NAE_EAOK_eestikeelsed_sunnimeetrikad, lk 146
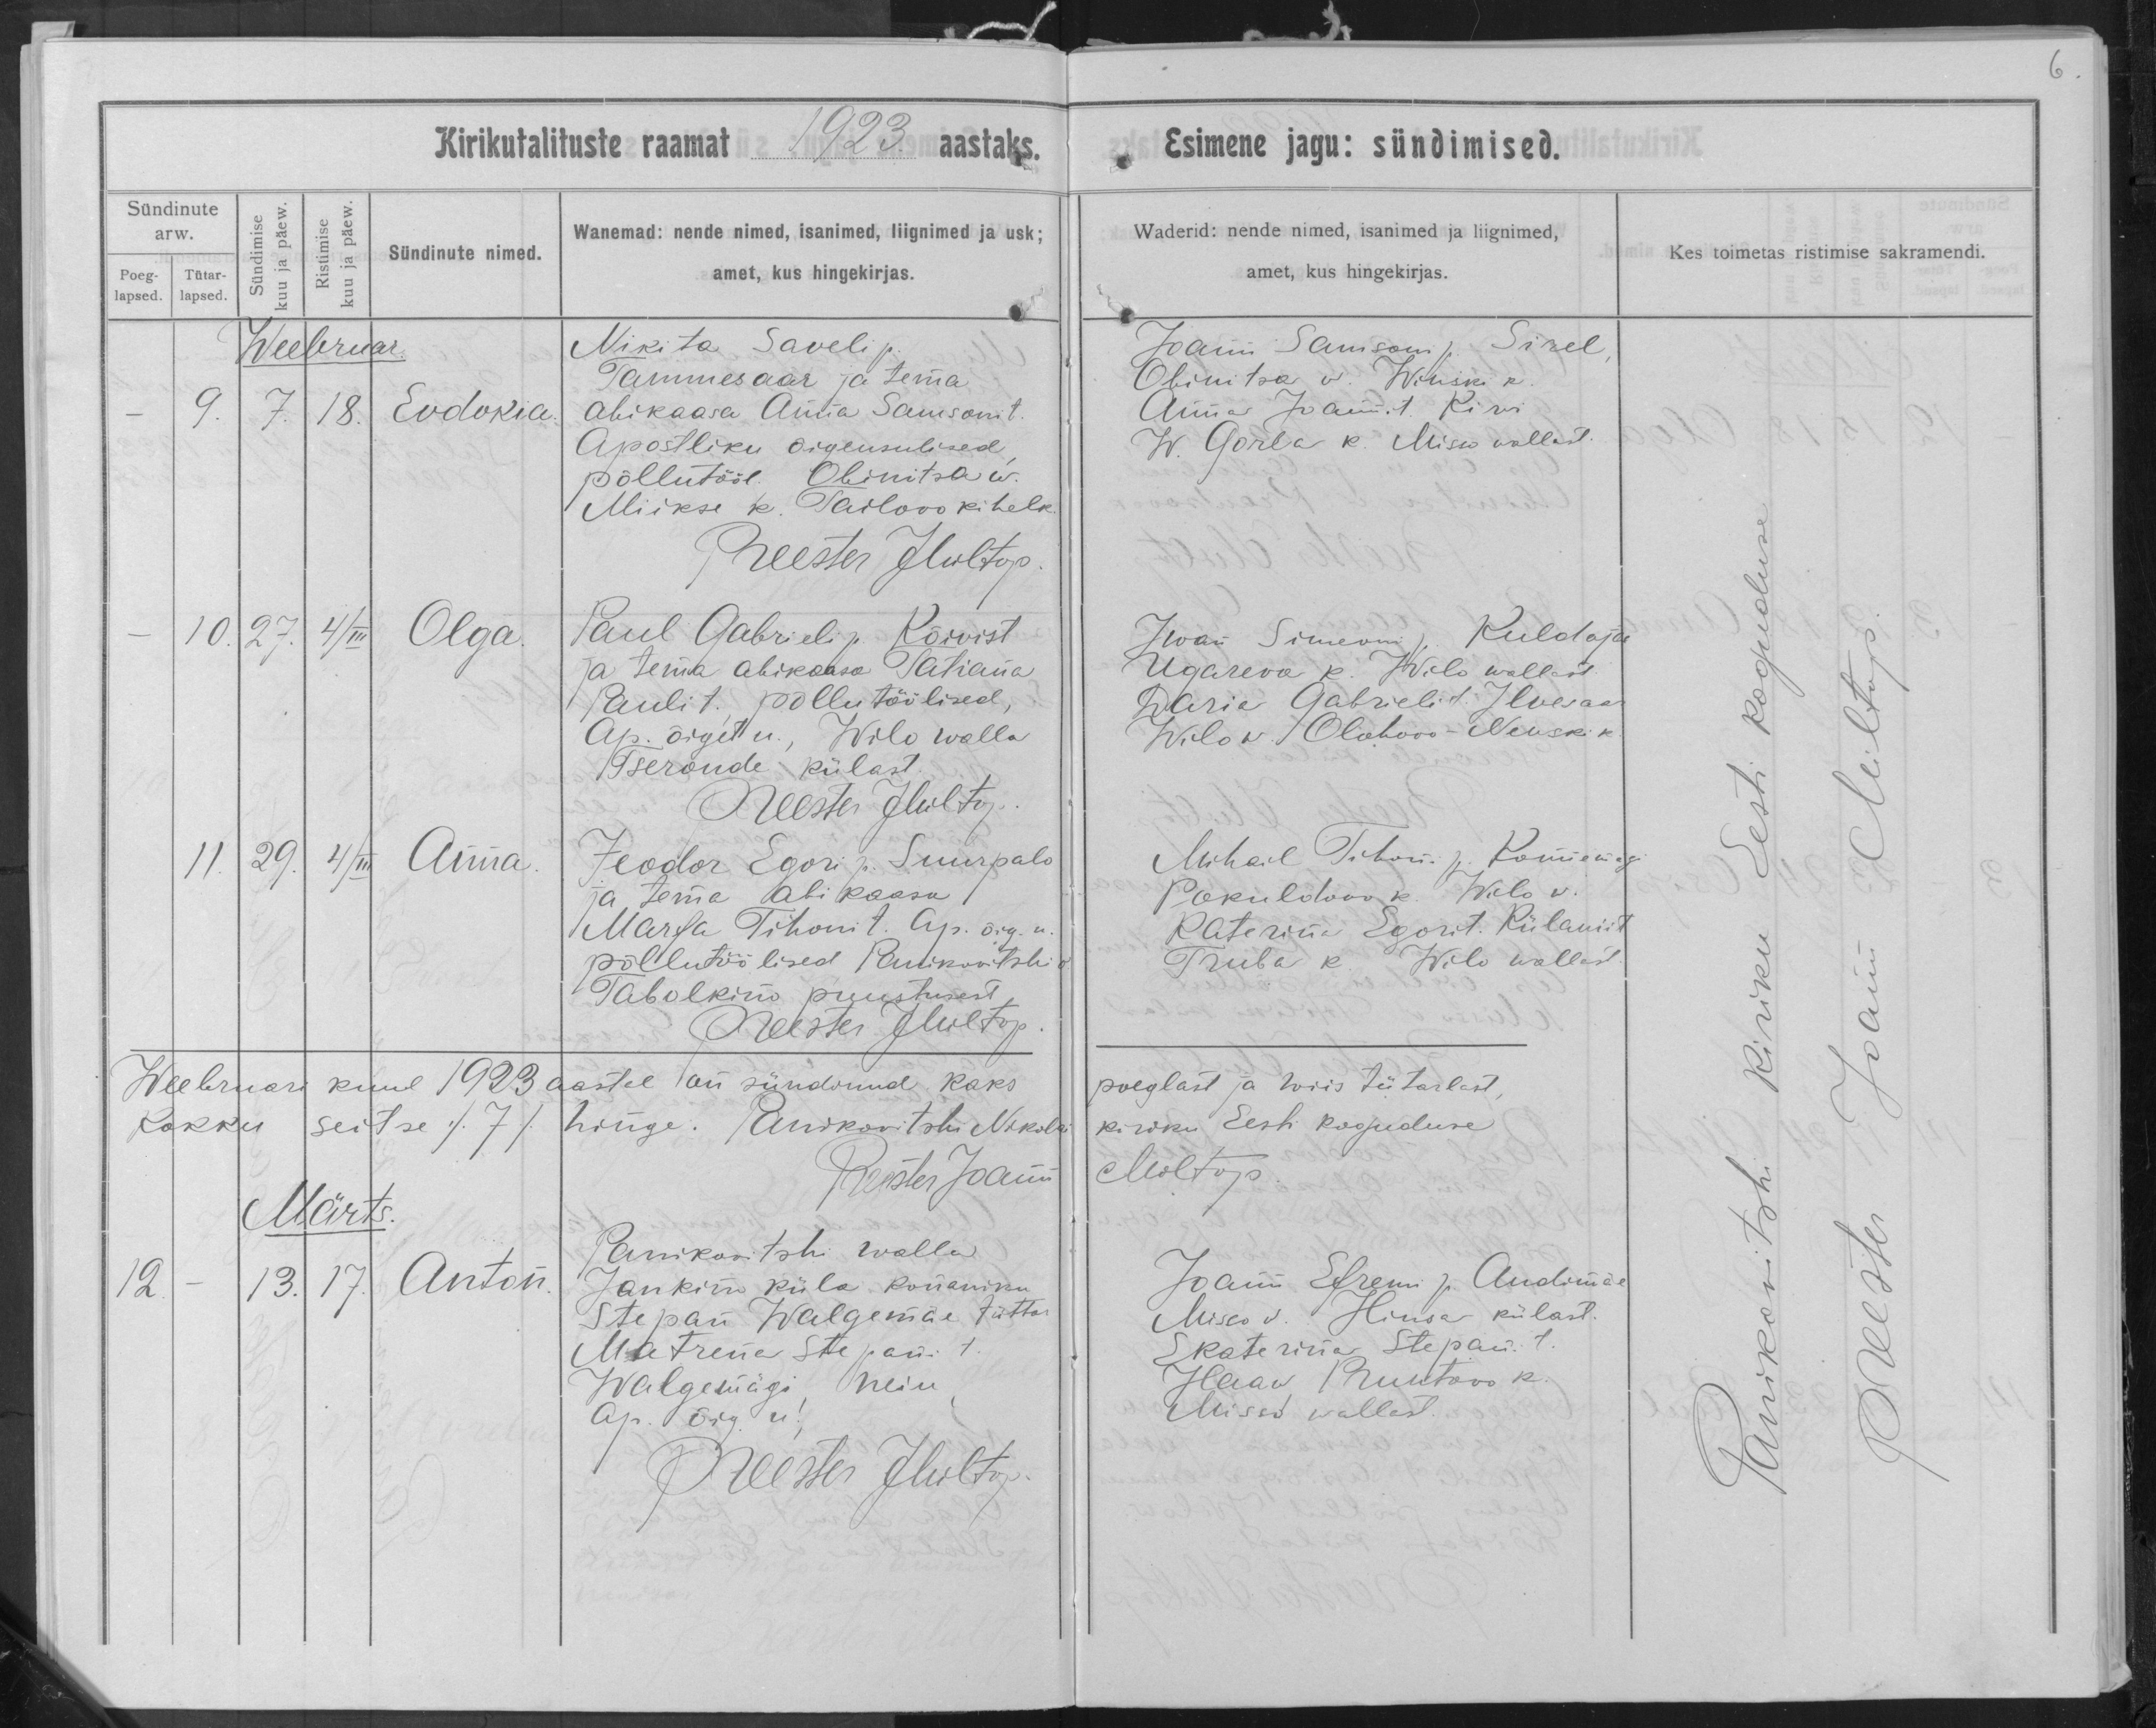
Evdokia

Olga

Anna

Anton

Nikita Saveli p.
Tammesaar ja tema
abikaasa Anna Samsoni t.
Apostliku õigeusulised,
põllutööl. Obinitsa w.
Miikre k. Tailova kihelk.

Paul Gabrieli Kõrvist
ja tema abikaasa Tatiana
Pauli t. põllutöölised,
Ap. õiget u., Wilo walla
Tseronde külast

Feodor Egori p. Suurpalo
ja tema abikaasa
Marfa Tihoni t. Ap. õig. u.
põllutöölised Panikovtski v.
Tabolkino puustusest

Panikovtski walla
Jankina küla konaniku
Stepan Walgemäe tüttar
Matrena Stepani t.
Walgemägi, neiu,
Ap. õig. u.